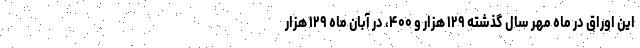
این اوراق در ماه مهر سال گذشته ۱۲۹ هزار و ۴۰۰، در آبان ماه ۱۲۹ هزار